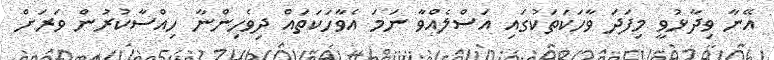
އޭނާ ވިދާޅުވީ މިފަދަ ވާހަކަތަކުގައި އަސްލެއްވާ ނަމަ އެވާހަކަތައް ދިވެހިންނާ ހިއްސާކުރުން ވަރަށް